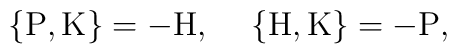
\{ {\rm P} , {\rm K} \} = - {\rm H} , \hspace{5 mm} \{ {\rm H} , {\rm K} \} = - {\rm P},